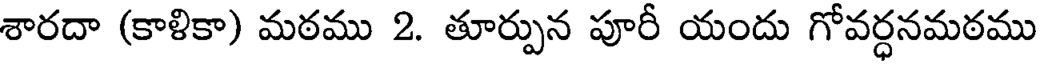
శారదా (కాళికా) మఠము 2. తూర్పున పూరీ యందు గోవర్ధనమఠము